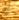
هل